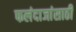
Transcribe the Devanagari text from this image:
फलंदाजांसाठी